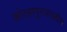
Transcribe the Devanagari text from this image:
कोल्हापूरजवळील